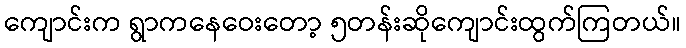
ကျောင်းက ရွာကနေဝေးတော့ ၅တန်းဆိုကျောင်းထွက်ကြတယ်။